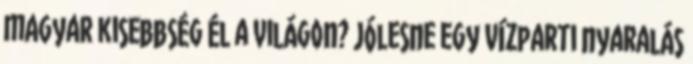
magyar kisebbség él a világon? Jólesne egy vízparti nyaralás